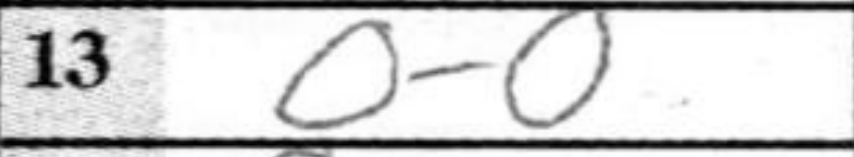
Transcription: O-O